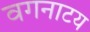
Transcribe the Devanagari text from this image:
वगनाटय